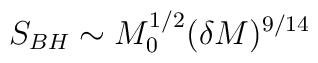
S_{BH} \sim M_0^{1/2} (\delta M)^{9/14}